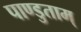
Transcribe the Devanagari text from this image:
पाण्डुताम्‌